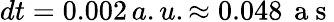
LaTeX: dt=0.002\, a.u.\approx 0.048\, \mathrm{~a~s~}